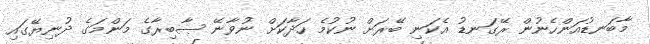
މާބަނޑުއަންހެނުން ރޭގަނޑު އެކަނި ބޭރަށް ނުކުމެ ހަދާކަށް ނުވާނޭ ޞާބިރާގެ މަންމަގެ ދުނިޔޭގައި